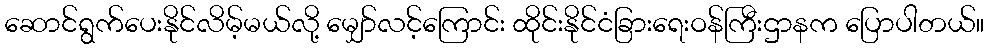
ဆောင်ရွက်ပေးနိုင်လိမ့်မယ်လို့ မျှော်လင့်ကြောင်း ထိုင်းနိုင်ငံခြားရေးဝန်ကြီးဌာနက ပြောပါတယ်။